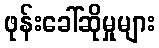
ဖုန်းခေါ်ဆိုမှုများ